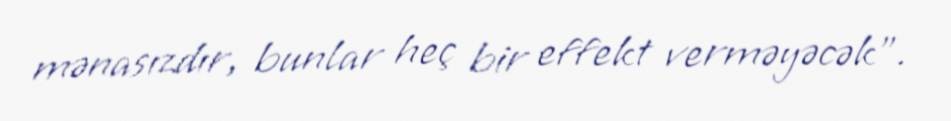
mənasızdır, bunlar heç bir effekt verməyəcək”.